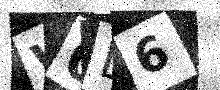
Text: W0L6